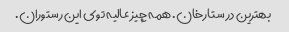
بهترین در ستارخان. همه چیز عالیه توی این رستوران.